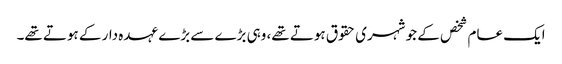
ایک عام شخص کے جو شہری حقوق ہوتے تھے، وہی بڑے سے بڑے عہدہ دار کے ہوتے تھے۔